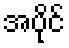
အပိုင်